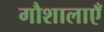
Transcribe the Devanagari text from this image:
गौशालाएँ